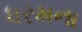
ધરમના